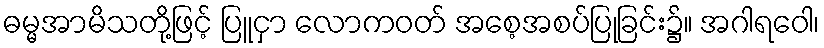
ဓမ္မအာမိသတို့ဖြင့် ပြူငှာ လောကဝတ် အစေ့အစပ်ပြုခြင်း၌။ အဂါရဝေါ၊